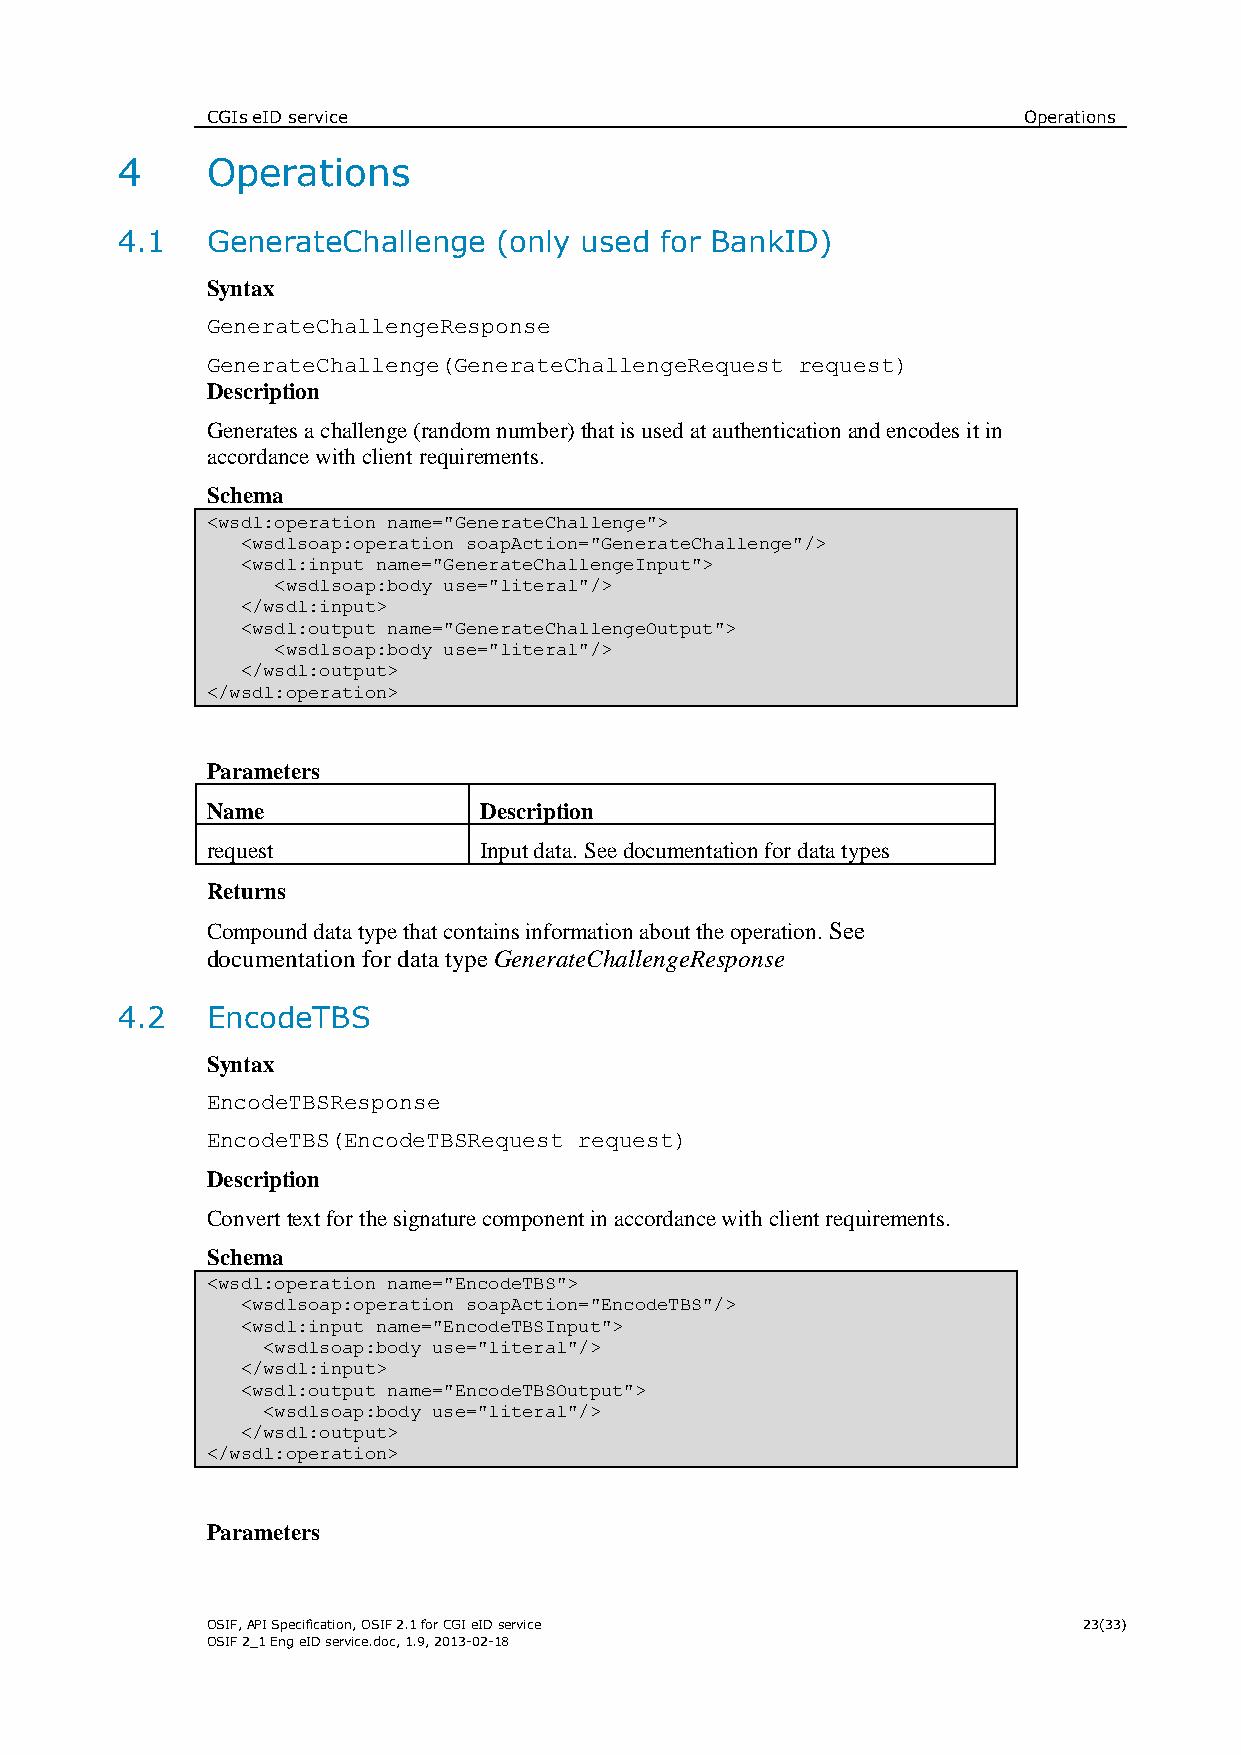
CGIs eID service                                      Operations
 4     Operations
 4.1   GenerateChallenge  (only used for BankID)
 Syntax
 GenerateChallengeResponse
 GenerateChallenge(GenerateChallengeRequest request)
 Description
 Generates a challenge (random number) that is used at authentication and encodes it in
 accordance with client requirements.
 Schema
 <wsdl:operation name="GenerateChallenge">
 <wsdlsoap:operation soapAction="GenerateChallenge"/>
 <wsdl:input name="GenerateChallengeInput">
 <wsdlsoap:body use="literal"/>
 </wsdl:input>
 <wsdl:output name="GenerateChallengeOutput">
 <wsdlsoap:body use="literal"/>
 </wsdl:output>
 </wsdl:operation>
 Parameters
 Name              Description
 request           Input data. See documentation for data types
 Returns
 Compound data type that contains information about the operation. See
 documentation for data type GenerateChallengeResponse
 4.2   EncodeTBS
 Syntax
 EncodeTBSResponse
 EncodeTBS(EncodeTBSRequest request)
 Description
 Convert text for the signature component in accordance with client requirements.
 Schema
 <wsdl:operation name="EncodeTBS">
 <wsdlsoap:operation soapAction="EncodeTBS"/>
 <wsdl:input name="EncodeTBSInput">
 <wsdlsoap:body use="literal"/>
 </wsdl:input>
 <wsdl:output name="EncodeTBSOutput">
 <wsdlsoap:body use="literal"/>
 </wsdl:output>
 </wsdl:operation>
 Parameters
 OSIF, API Specification, OSIF 2.1 for CGI eID service     23(33)
 OSIF 2_1 Eng eID service.doc, 1.9, 2013-02-18